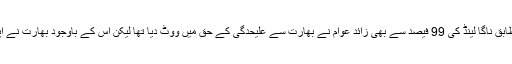
1951 میں ہونے والے ریفرنڈم کے مطابق ناگا لینڈ کی 99 فیصد سے بھی زائد عوام نے بھارت سے علیحدگی کے حق میں ووٹ دیا تھا لیکن اس کے باوجود بھارت نے اپنی فورسز کو بھیج کر قبضہ کر لیا تھا۔